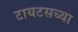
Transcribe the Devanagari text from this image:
टायटसच्या